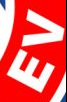
EV